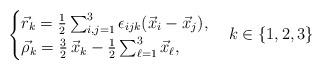
LaTeX: \begin{align*} \begin{cases} \vec{r}_k=\frac{1}{2}\sum_{i,j=1}^3\epsilon_{ijk}(\vec{x}_i-\vec{x}_j),\\ \vec{\rho}_k=\frac{3}{2}\,\vec{x}_k-\frac{1}{2}\sum_{\ell=1}^3 \vec{x}_\ell, \end{cases}k\in\{1,2,3\}\end{align*}